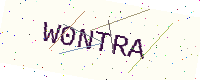
Text: W0NTRA